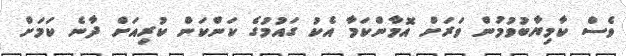
ވެސް ކާމިޔާބުވުމުން ވަރަށް އޮމާންކަމާ އެކު ގައުމުގެ ކަންކަން ކުރިއަށް ދާނެ ކަމަށް